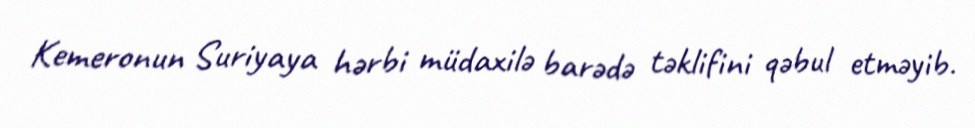
Kemeronun Suriyaya hərbi müdaxilə barədə təklifini qəbul etməyib.